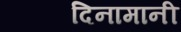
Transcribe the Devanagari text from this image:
दिनामानी